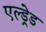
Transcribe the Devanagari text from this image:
एल्ड्रेड